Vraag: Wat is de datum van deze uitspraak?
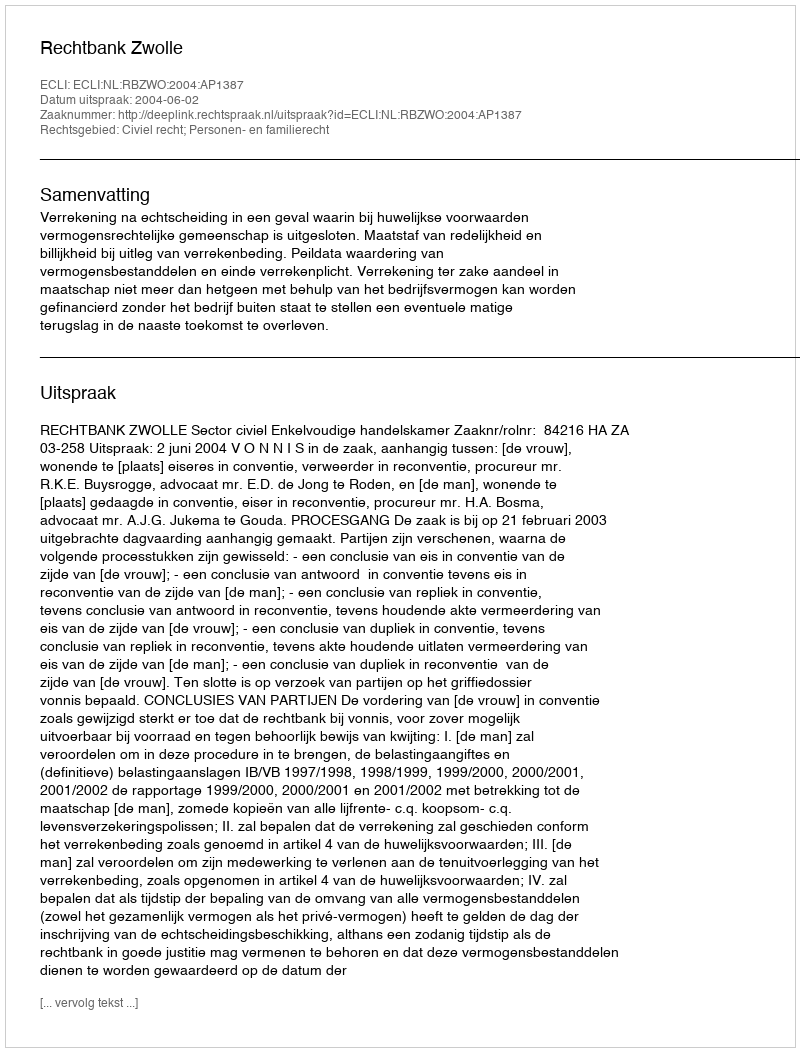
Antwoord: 2004-06-02